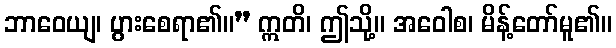
ဘာဝေယျ၊ ပွားစေရာ၏။” ဣတိ၊ ဤသို့။ အဝေါစ၊ မိန့်တော်မူ၏။